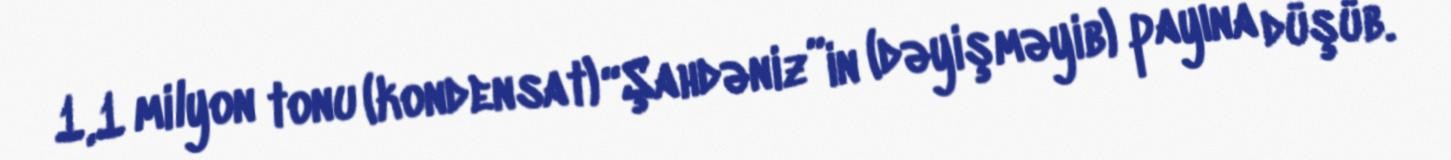
1,1 milyon tonu (kondensat) “Şahdəniz”in (dəyişməyib) payına düşüb.